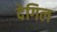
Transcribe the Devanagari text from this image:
देगिल